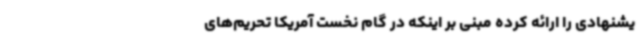
یشنهادی را ارائه کرده مبنی بر اینکه در گام نخست آمریکا تحریم‌های